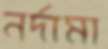
নর্দামা